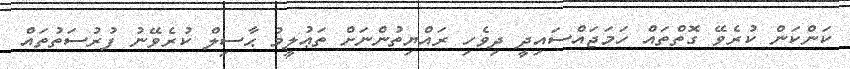
ކަންކަން ކުރެވޭ ގޮތްތައް ހަމަޖައްސައިދީ ދިވެހި ރައްޔިތުންނަށް ތަޢުލީމު ޙާސިލް ކުރެވޭނު ފުރުސަތުތައް